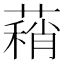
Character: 蕱